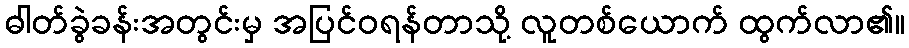
ဓါတ်ခွဲခန်းအတွင်းမှ အပြင်ဝရန်တာသို့ လူတစ်ယောက် ထွက်လာ၏။